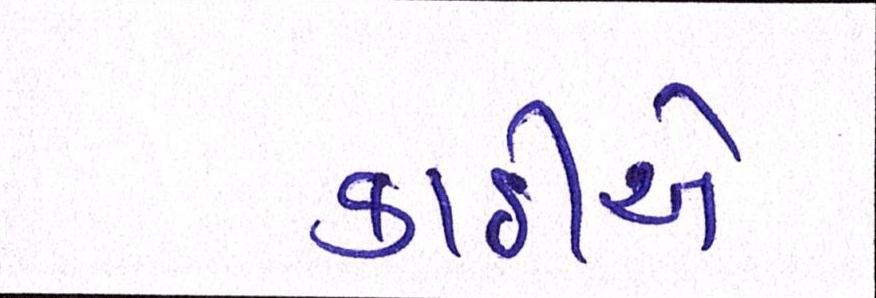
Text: કાઠીએ